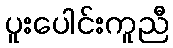
ပူးပေါင်းကူညီ